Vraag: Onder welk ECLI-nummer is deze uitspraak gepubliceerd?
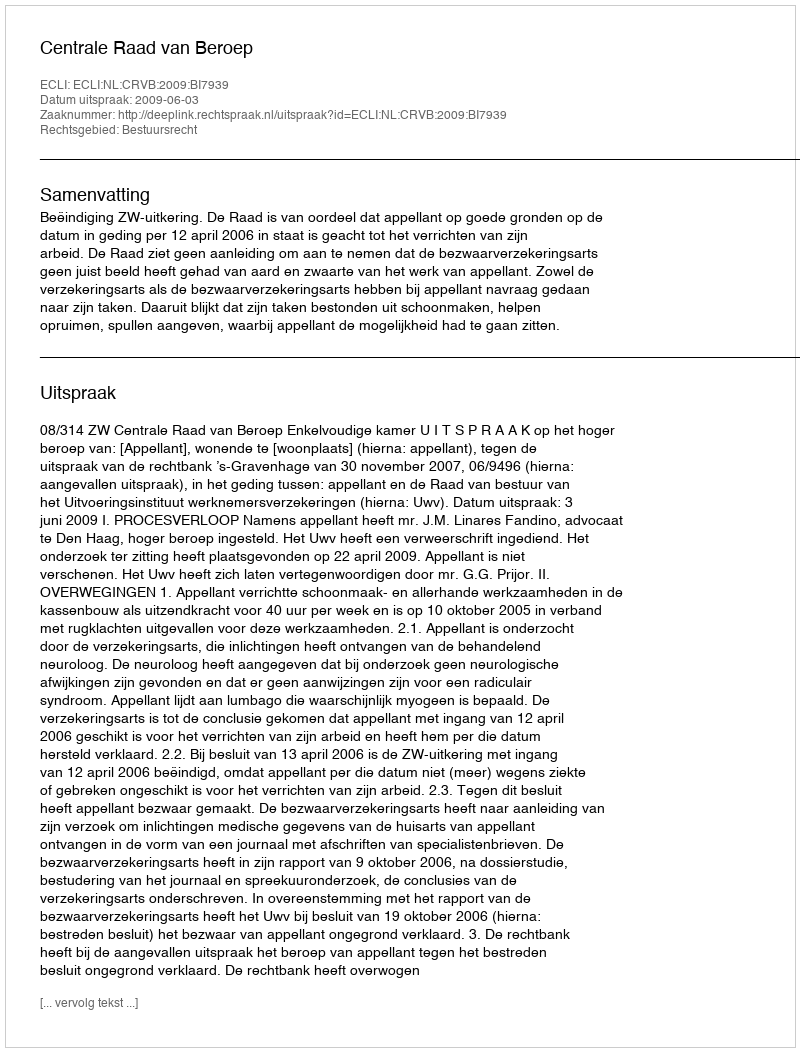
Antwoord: ECLI:NL:CRVB:2009:BI7939